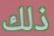
ذلك